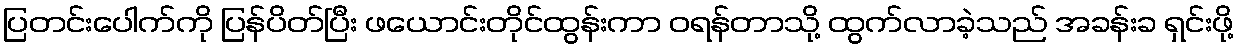
ပြတင်းပေါက်ကို ပြန်ပိတ်ပြီး ဖယောင်းတိုင်ထွန်းကာ ဝရန်တာသို့ ထွက်လာခဲ့သည် အခန်းခ ရှင်းဖို့